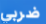
ضربي